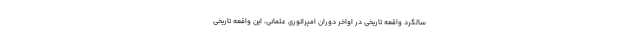
سالگرد واقعه تاریخی در اواخر دوران امپراتوری عثمانی، این واقعه تاریخی